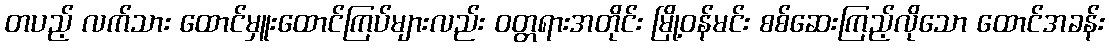
တပည့် လက်သား ထောင်မှူးထောင်ကြပ်များလည်း ဝတ္တရားအတိုင်း မြို့ဝန်မင်း စစ်ဆေးကြည့်လိုသော ထောင်အခန်း